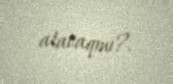
atacaqmı?.